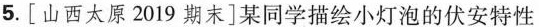
5.[山西太原2019期末]某同学描绘小灯泡的伏安特性